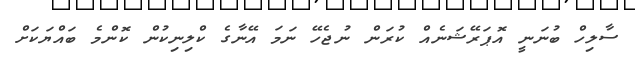
ސާލިހް ބުނަނީ އޮޕަރޭޝަނެއް ކުރަން ނުޖެހޭ ނަމަ އޭނާގެ ކްލިނިކުން ކޮންމެ ބައްޔަކަށް